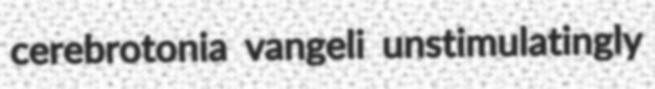
cerebrotonia vangeli unstimulatingly